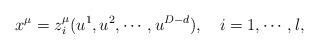
\begin{align*}x^\mu =z_i^\mu (u^1,u^2,\cdots ,u^{D-d}),\quad i=1,\cdots ,l,\end{align*}